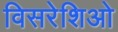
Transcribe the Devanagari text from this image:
विसरेशिओ